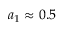
a _ { 1 } \approx 0 . 5